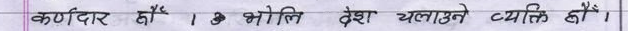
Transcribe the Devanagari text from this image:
कर्णदिर हैं। 8 भ्रोति देश चलाउने व्यक्ति हो।